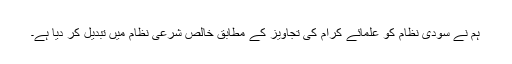
ہم نے سودی نظام کو علمائے کرام کی تجاویز کے مطابق خالص شرعی نظام میں تبدیل کر دیا ہے۔